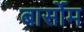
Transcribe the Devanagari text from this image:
बार्सोम